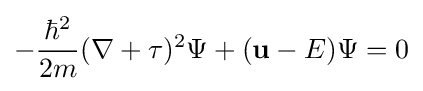
-{\frac {\hbar ^{2}}{2m}}(\nabla +\tau )^{2}\Psi +(\mathbf {u} -E)\Psi =0